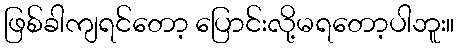
ဖြစ်ခါကျရင်တော့ ပြောင်းလို့မရတော့ပါဘူး။